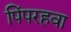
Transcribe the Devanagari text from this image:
पिंपरहवा